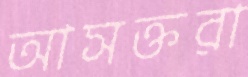
আসক্তরা